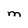
Character: M